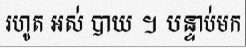
រហូត អស់ បាយ ។ បន្ទាប់មក